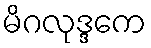
မိဂလုဒ္ဒကေ